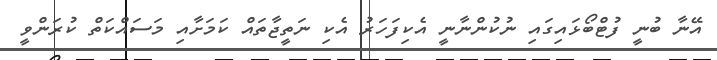
އޭނާ ބުނީ ފުޓްބޯޅައިގައި ނުކުންނާނީ އެކިފަހަރު އެކި ނަތީޖާތައް ކަމަށާއި މަސައްކަތް ކުރަންވީ